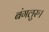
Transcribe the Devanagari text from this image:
बंगलुरु।